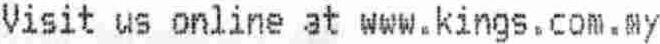
VISIT US ONLINE AT WWW.KINGS.COM.MY